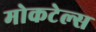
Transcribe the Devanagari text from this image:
मोकटेल्स